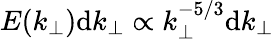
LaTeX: E(k_{\perp})\mathrm{d}k_{\perp}\propto k_{\perp}^{-5/3}\mathrm{d}k_{\perp}